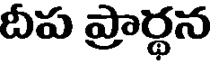
దీప ప్రార్థన